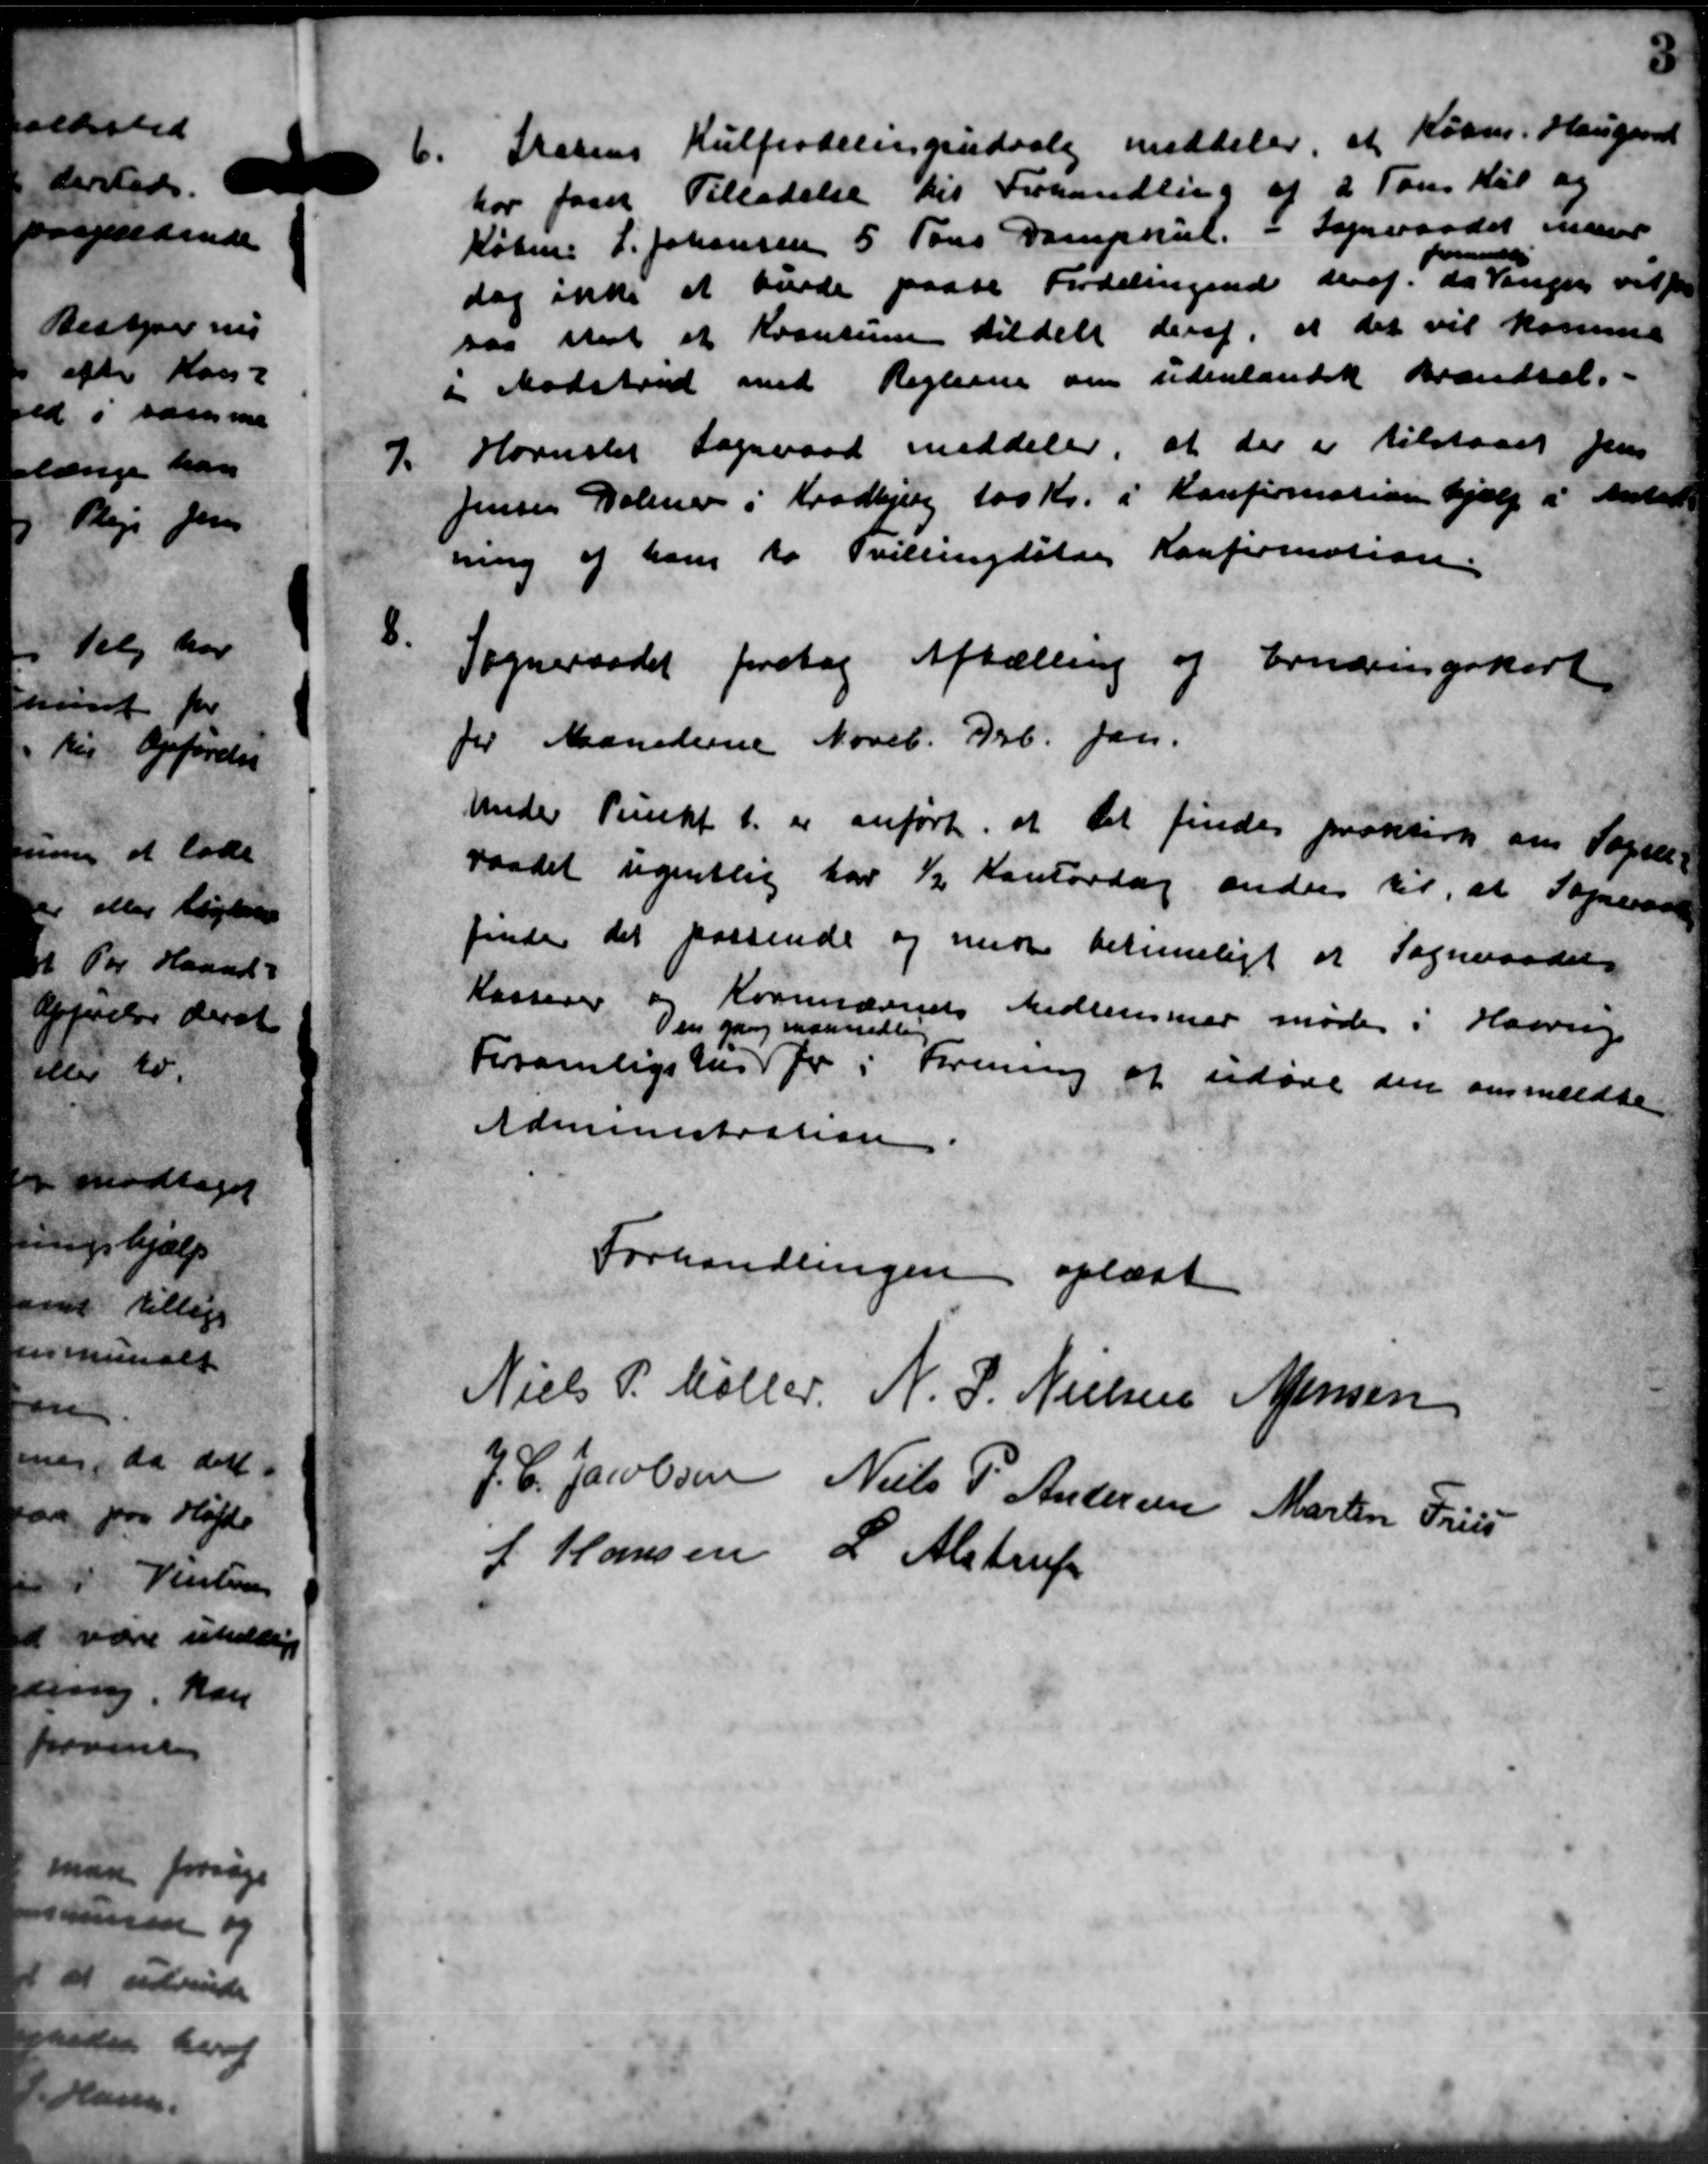
Transskription:
6. Prosens Kulfordelingsudvalg meddeler, at Købm. Hougaard
6. Prosens Kulfordelingsudvalg meddeler, at Købm. Hougaard
har faaet Tilladelse til Forhandling af 2 Tons Kul og
Købm. L. Johansen 5 Tons Dankkul. i Sogneraadet mand
formande
dog ikke at kunde paase Fordelingende deraf. da Vanger vil
saa skal et Kvantum tildelt deraf, at det vil komme
i Modstrud med Reglerne om udenlandsk Brændsel.
7.
Hornslet Sogneraad meddeler, at der er tilstaaet Jens
Jensen Holmer i Kradbjerg 100 Kr. i Konfirmation hjælp i Anled
ning af ham to Tvillingsstog Konfirmation.
8.
Sogneraadet foretog Aftælling og Ernæringskort
for Maanederne Noveb. Brb. Jan.
Under Punkt t. er anførte, at det findes protesorte om Sogne-
raadet ugentlig har ½ Kontordag andres til, at Sogneraad
finder det passende og med betemmeligt at Sogneraadets
Kasserer og Krannævnets Medlemmer møde i Haarup
Den gang maanedlig
Forsamligshus for i Forening at udøve den anmeldte
Administration
Forhandlingen oplæst
Niels P. Møller, N. P. Nielsen Jensen
J. C. Jacobsen Niels P Andersen Martin Friis
J Hansen L. Alstrup